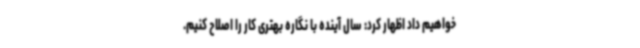
خواهیم داد اظهار کرد: سال آینده با نگاره بهتری کار را اصلاح کنیم.